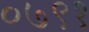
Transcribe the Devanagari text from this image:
०७९१